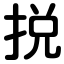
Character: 捝